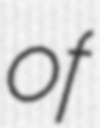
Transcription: of